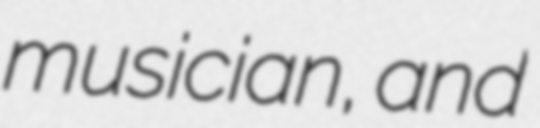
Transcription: musician, and